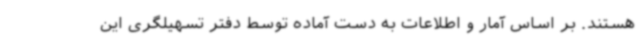
هستند. بر اساس آمار و اطلاعات به دست آماده توسط دفتر تسهیلگری این